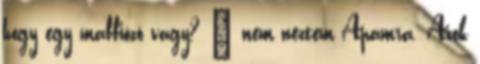
hogy egy maffiózó vagy? – nem néztem Apámra. Azok